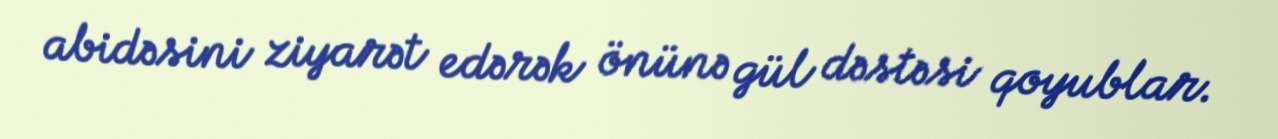
abidəsini ziyarət edərək önünə gül dəstəsi qoyublar.